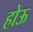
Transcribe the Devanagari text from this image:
होऊ